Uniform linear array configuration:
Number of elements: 24
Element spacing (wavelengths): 0.5
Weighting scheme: uniform
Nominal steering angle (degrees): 0
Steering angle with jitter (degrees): -0.7142
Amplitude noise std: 0.05
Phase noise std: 0.05

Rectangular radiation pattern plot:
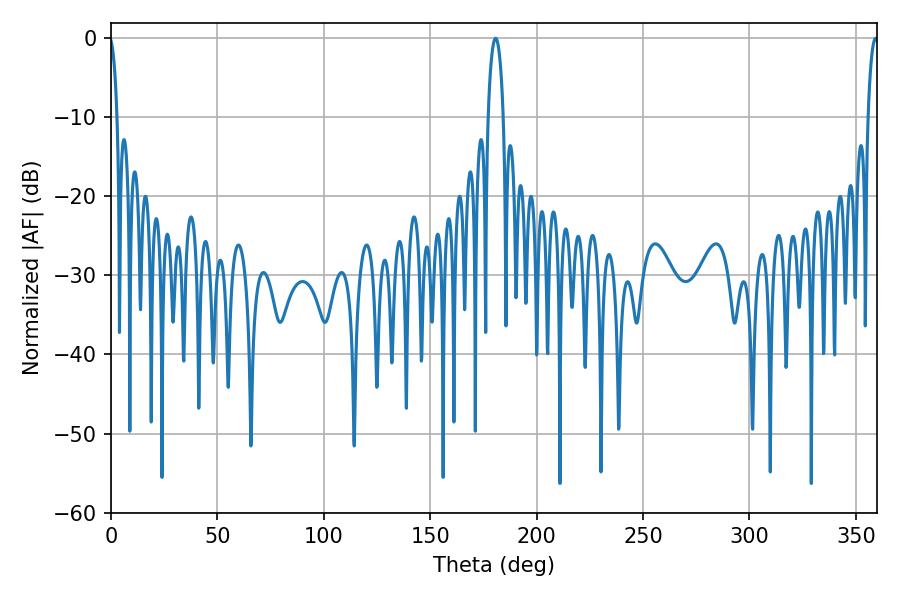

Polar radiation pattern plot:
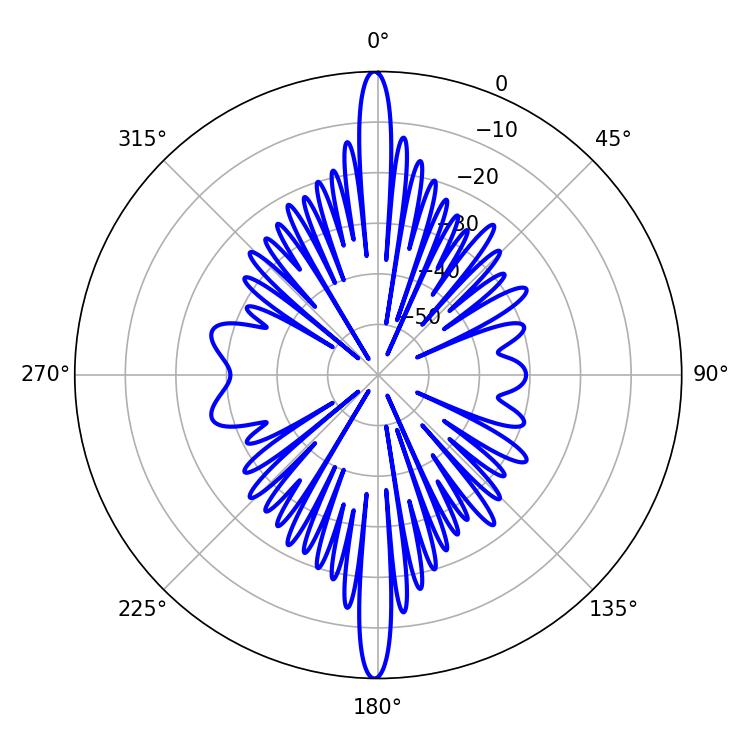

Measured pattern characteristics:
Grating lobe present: FALSE
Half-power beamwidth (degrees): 3.96
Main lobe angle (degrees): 180.72